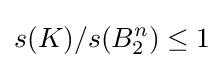
s(K)/s(B_{2}^{n})\leq 1